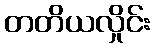
တတိယလှိုင်း